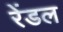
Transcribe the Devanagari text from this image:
रेंडल